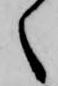
く